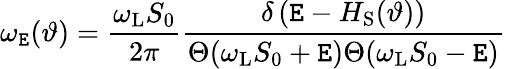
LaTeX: \omega_{\mathtt{E}}(\vartheta)=\frac{{\omega_{\mathrm{{L}}}S_{0}}}{{2\pi}}\frac{{\delta\left(\mathtt{E}-H_{\mathrm{{S}}}(\vartheta)\right)}}{{\Theta(\omega_{\mathrm{{L}}}S_{0}+\mathtt{E})\Theta(\omega_{\mathrm{{L}}}S_{0}-\mathtt{E})}}